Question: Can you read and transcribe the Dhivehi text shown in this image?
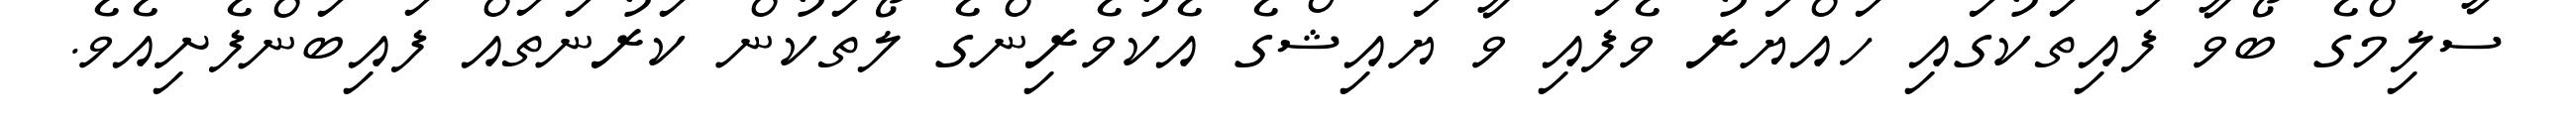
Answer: ސާލިމްގެ ބޯވާ ފައިތަކުގައި ހައްޔަރު ވެފައި ވާ ޔައިޝްގެ އެކުވެރިންގެ ލޯތަކުން ކަރުނަތައް ފައިބަންފެށިއެވެ.